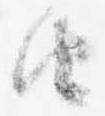
由